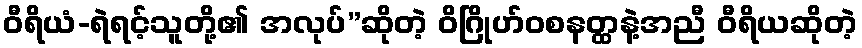
ဝီရိယံ-ရဲရင့်သူတို့၏ အလုပ်”ဆိုတဲ့ ဝိဂြိုဟ်ဝစနတ္ထနဲ့အညီ ဝီရိယဆိုတဲ့